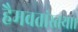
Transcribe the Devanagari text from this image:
हैमवतांस्तथा।